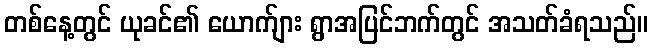
တစ်နေ့တွင် ယုခင်၏ ယောက်ျား ရွာအပြင်ဘက်တွင် အသတ်ခံရသည်။